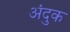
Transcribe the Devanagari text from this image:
अंदुक